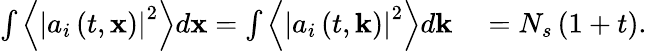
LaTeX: \begin{array}{rl}{\int\left\langle\left|a_{i}\left(t,\mathbf{x}\right)\right|^{2}\right\rangle d\mathbf{x}=\int\left\langle\left|a_{i}\left(t,\mathbf{k}\right)\right|^{2}\right\rangle d\mathbf{k}}&{{}=N_{s}\left(1+t\right).}\end{array}